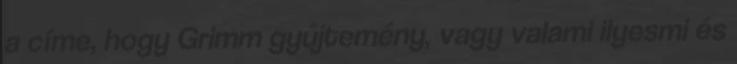
a címe, hogy Grimm gyűjtemény, vagy valami ilyesmi és